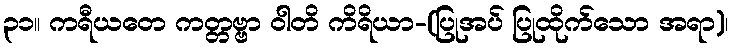
၃၁။ ကရီယတေ ကတ္တဗ္ဗာ ဝါတိ ကိရိယာ-(ပြုအပ် ပြုထိုက်သော အရာ)၊